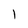
Character: l